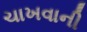
ચાખવાની